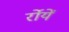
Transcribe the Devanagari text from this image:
र्रोयें